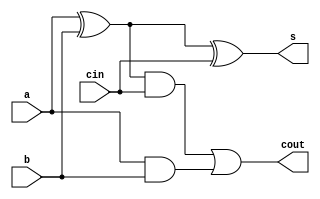
module adder_1_bit_primitive(
	input a,b,cin,
	output s,cout);

	wire x,y,z;
	
	xor (x,a,b);
	xor (s,x,cin);
	and (y,x,cin);
	and (z,a,b);
	or (cout,y,z);
 
endmodule